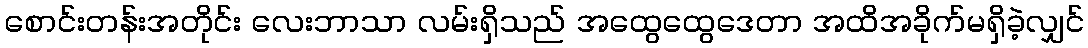
စောင်းတန်းအတိုင်း လေးဘာသာ လမ်းရှိသည် အထွေထွေဒေတာ အထိအခိုက်မရှိခဲ့လျှင်